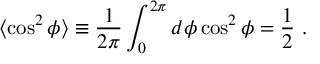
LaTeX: \langle \cos ^ { 2 } \phi \rangle \equiv \frac { 1 } { 2 \pi } \int _ { 0 } ^ { 2 \pi } d \phi \cos ^ { 2 } \phi = \frac { 1 } { 2 } \ .